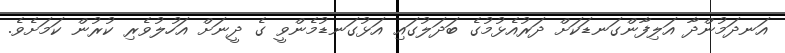
އަނދަމުންދާ އަލިފާންގަނޑަކަށް ދަރުއެޅުމުގެ ބަދަލުގައި އަޅުގަނޑުމެންވީ ގެ ދީނަށް އަހުލުވެރި ކުރުން ކަމަށެވެ.